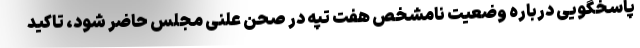
پاسخگویی درباره وضعیت نامشخص هفت تپه در صحن علنی مجلس حاضر شود، تاکید